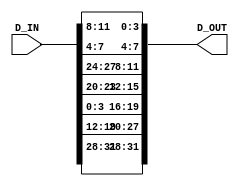
`timescale 1ns / 1ps
//////////////////////////////////////////////////////////////////////////////////
// Company: 
// Engineer: 
// 
// Design Name: 
// Module Name:    PERM8 
// Project Name: 
// Target Devices: 
// Tool versions: 
// Description: 
//
// Dependencies: 
//
// Revision: 
// Revision 0.01 - File Created
// Additional Comments: 
//
//////////////////////////////////////////////////////////////////////////////////
module PERM8(
    input [31:0] D_IN,
    output [31:0] D_OUT
    );

	assign D_OUT = {D_IN[31:28],D_IN[19:16],D_IN[15:12],D_IN[3:0],D_IN[23:20],D_IN[27:24],D_IN[7:4],D_IN[11:8]};
endmodule